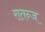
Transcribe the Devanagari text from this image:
रातन्ज